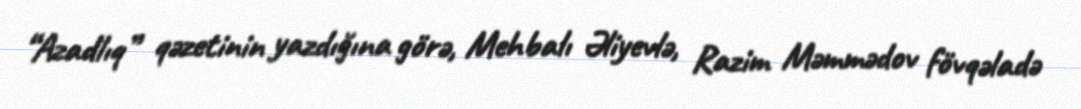
“Azadlıq” qəzetinin yazdığına görə, Mehbalı Əliyevlə, Razim Məmmədov fövqəladə